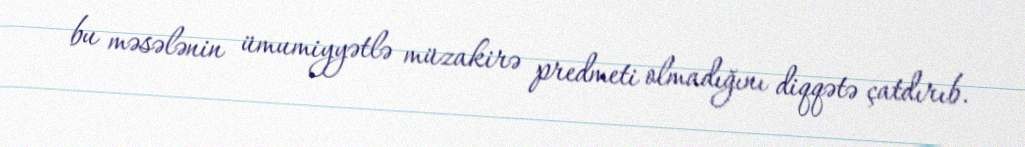
bu məsələnin ümumiyyətlə müzakirə predmeti olmadığını diqqətə çatdırıb.